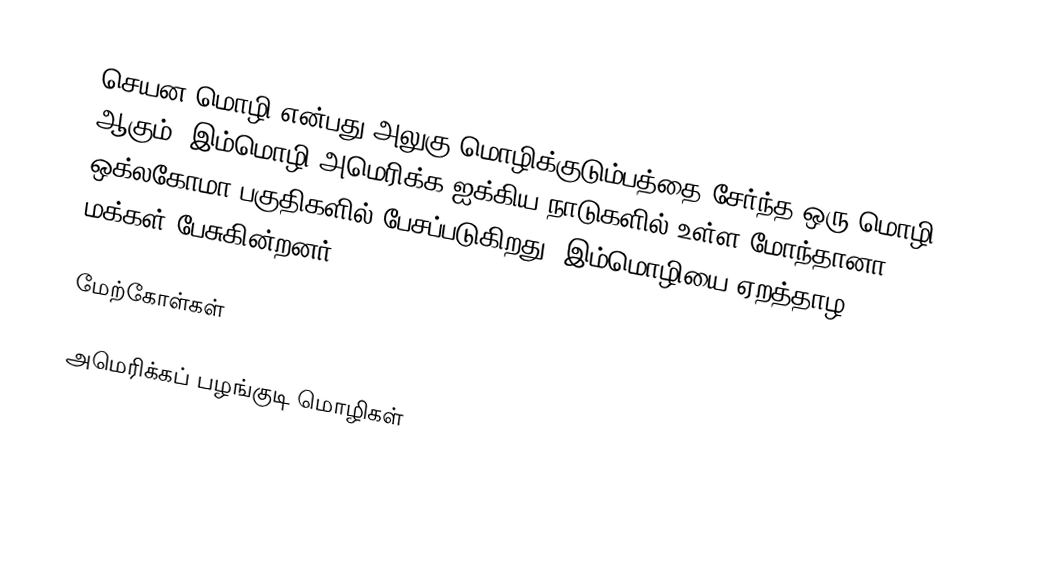
செயன மொழி என்பது அலுகு மொழிக்குடும்பத்தை சேர்ந்த ஒரு மொழி ஆகும். இம்மொழி அமெரிக்க ஐக்கிய நாடுகளில் உள்ள மோந்தானா, ஒக்லகோமா பகுதிகளில் பேசப்படுகிறது. இம்மொழியை ஏறத்தாழ 1,721 மக்கள் பேசுகின்றனர்.

மேற்கோள்கள்

அமெரிக்கப் பழங்குடி மொழிகள்